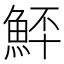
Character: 𩶨